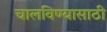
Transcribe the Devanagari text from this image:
चालविण्‍यासाठी